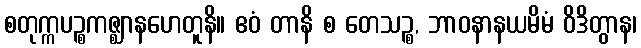
စတုက္ကပဉ္စကဇ္ဈာနဟေတူနိ။ ဧဝံ တာနိ စ တေသဉ္စ, ဘာဝနာနယမိမံ ဝိဒိတွာန၊